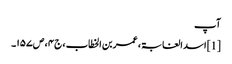
آپ
[1] اسد الغابۃ ، عمر بن الخطاب ، ج۴ ، ص۱۵۷۔